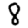
Digit: 8